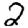
Digit: 2